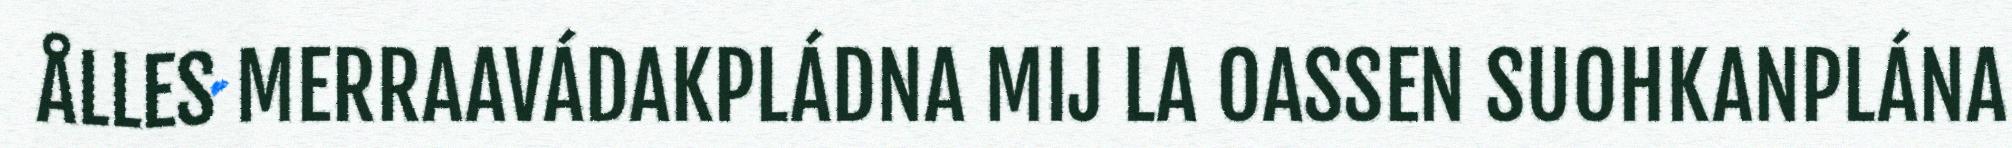
ÅLLES MERRAAVÁDAKPLÁDNA MIJ LA OASSEN SUOHKANPLÁNA